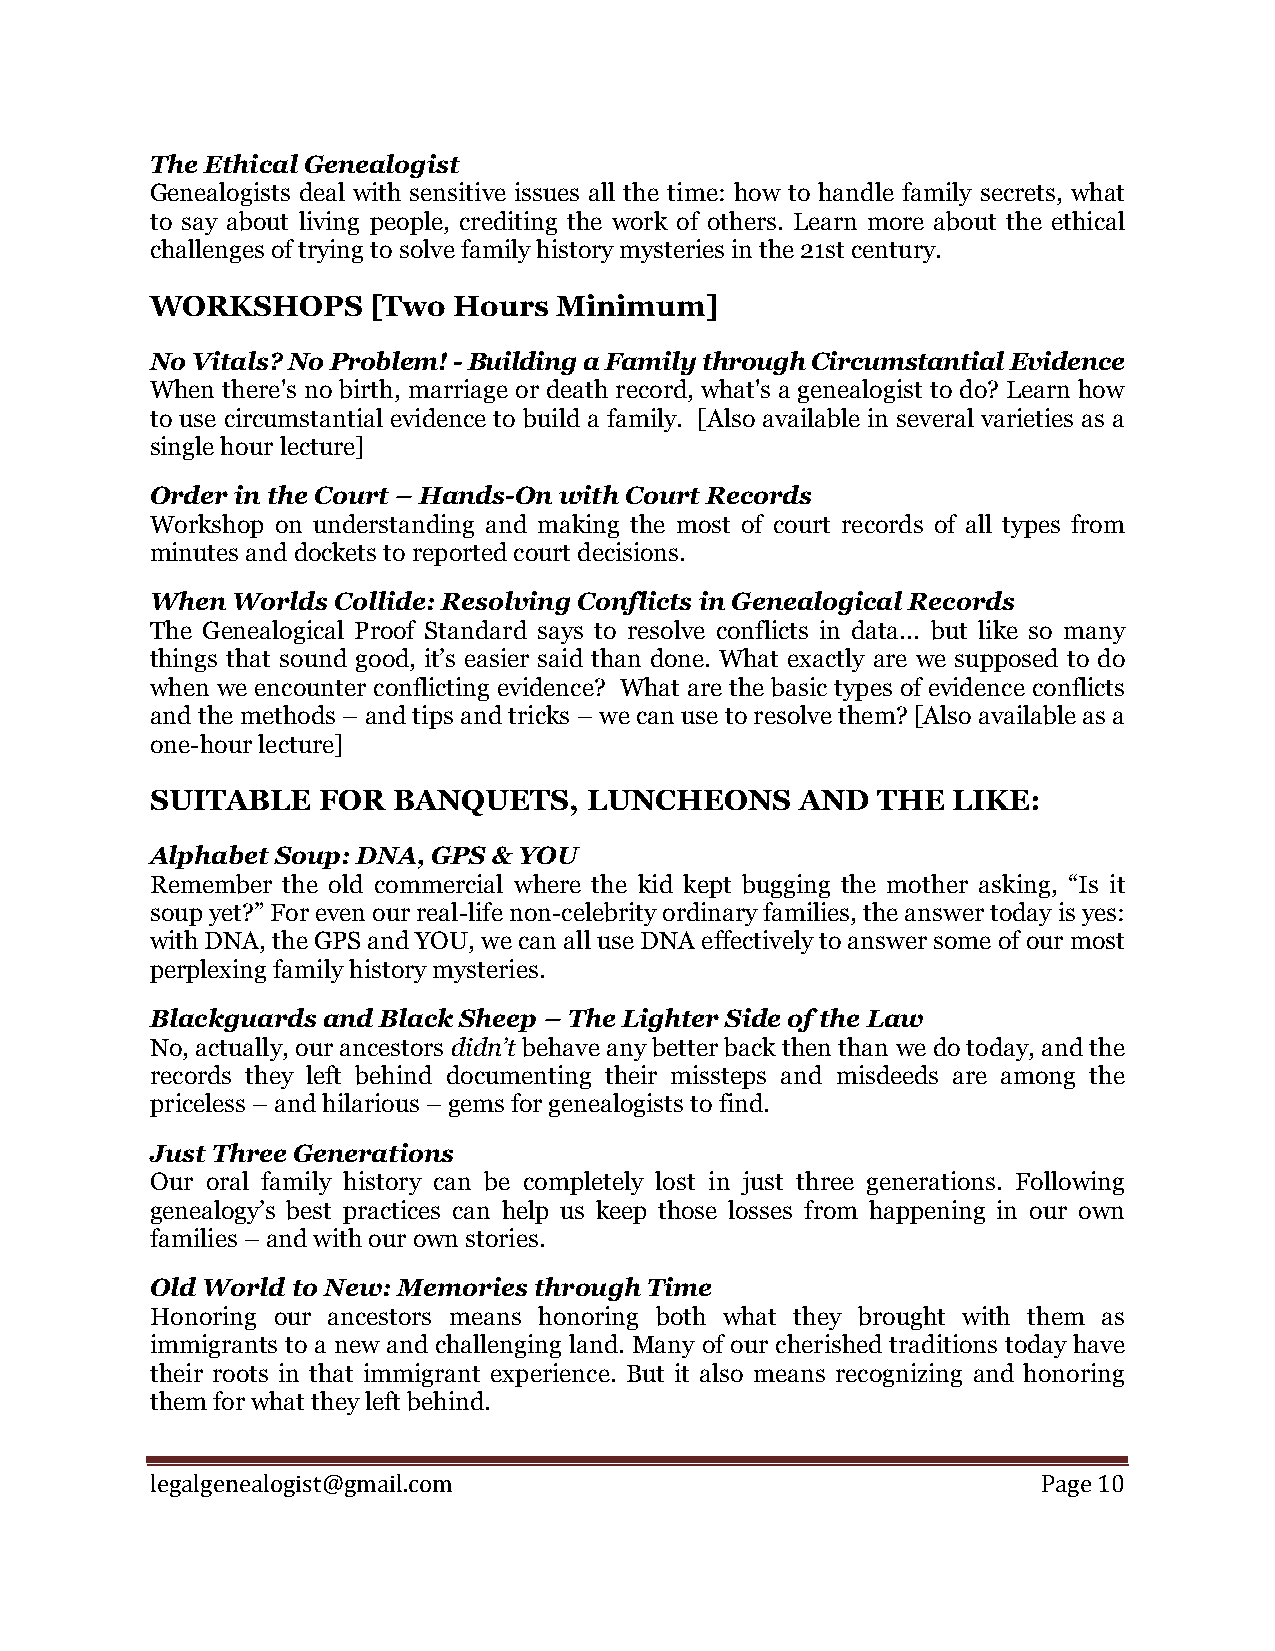
The Ethical Genealogist
 Genealogists deal with sensitive issues all the time: how to handle family secrets, what
 to say about living people, crediting the work of others. Learn more about the ethical
 challenges of trying to solve family history mysteries in the 21st century.
 WORKSHOPS     [Two  Hours  Minimum]
 No Vitals? No Problem! - Building a Family through Circumstantial Evidence
 When there's no birth, marriage or death record, what's a genealogist to do? Learn how
 to use circumstantial evidence to build a family. [Also available in several varieties as a
 single hour lecture]
 Order in the Court – Hands-On with Court Records
 Workshop on understanding and making the most of court records of all types from
 minutes and dockets to reported court decisions.
 When Worlds Collide: Resolving Conflicts in Genealogical Records
 The Genealogical Proof Standard says to resolve conflicts in data... but like so many
 things that sound good, it’s easier said than done. What exactly are we supposed to do
 when we encounter conflicting evidence? What are the basic types of evidence conflicts
 and the methods – and tips and tricks – we can use to resolve them? [Also available as a
 one-hour lecture]
 SUITABLE   FOR  BANQUETS,    LUNCHEONS     AND  THE  LIKE:
 Alphabet Soup: DNA, GPS & YOU
 Remember the old commercial where the kid kept bugging the mother asking, “Is it
 soup yet?” For even our real-life non-celebrity ordinary families, the answer today is yes:
 with DNA, the GPS and YOU, we can all use DNA effectively to answer some of our most
 perplexing family history mysteries.
 Blackguards and Black Sheep – The Lighter Side of the Law
 No, actually, our ancestors didn’t behave any better back then than we do today, and the
 records they left behind documenting their missteps and misdeeds are among the
 priceless – and hilarious – gems for genealogists to find.
 Just Three Generations
 Our oral family history can be completely lost in just three generations. Following
 genealogy’s best practices can help us keep those losses from happening in our own
 families – and with our own stories.
 Old World to New: Memories through Time
 Honoring our ancestors means honoring both what they brought with them as
 immigrants to a new and challenging land. Many of our cherished traditions today have
 their roots in that immigrant experience. But it also means recognizing and honoring
 them for what they left behind.
 l egalgenealogist@gmail.com                                Page 10